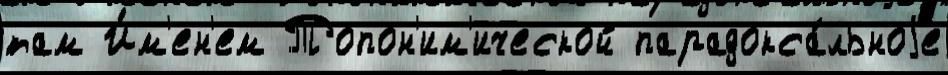
там И́м'ен'ем Топон'им'ической парадокса́льноjе